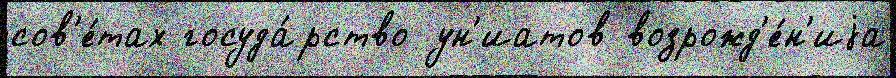
сов'е́тах госуда́рство ун'иатов возрожд'е́н'иjа